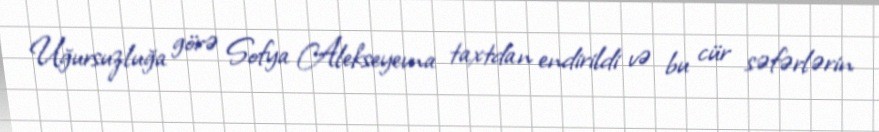
Uğursuzluğa görə Sofya Alekseyevna taxtdan endirildi və bu cür səfərlərin